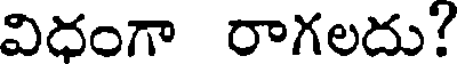
విధంగా రాగలదు?